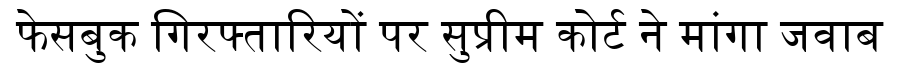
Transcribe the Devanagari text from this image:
फेसबुक गिरफ्तारियों पर सुप्रीम कोर्ट ने मांगा जवाब